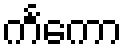
ကင်္ကော